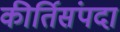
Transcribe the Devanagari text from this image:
कीर्तिसंपदा